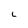
Character: L